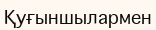
Қуғыншылармен